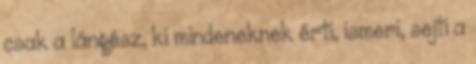
csak a lángész, ki mindeneknek érti, ismeri, sejti a